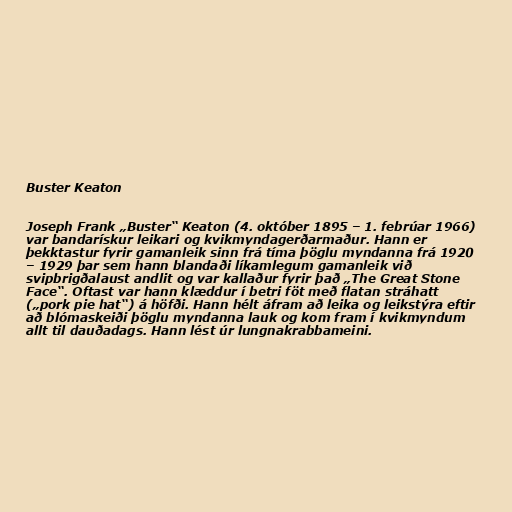
Buster Keaton

Joseph Frank „Buster“ Keaton (4. október 1895 – 1. febrúar 1966)
var bandarískur leikari og kvikmyndagerðarmaður. Hann er
þekktastur fyrir gamanleik sinn frá tíma þöglu myndanna frá 1920
– 1929 þar sem hann blandaði líkamlegum gamanleik við
svipbrigðalaust andlit og var kallaður fyrir það „The Great Stone
Face“. Oftast var hann klæddur í betri föt með flatan stráhatt
(„pork pie hat“) á höfði. Hann hélt áfram að leika og leikstýra eftir
að blómaskeiði þöglu myndanna lauk og kom fram í kvikmyndum
allt til dauðadags. Hann lést úr lungnakrabbameini.